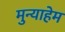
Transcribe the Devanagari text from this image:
मुन्याहेम